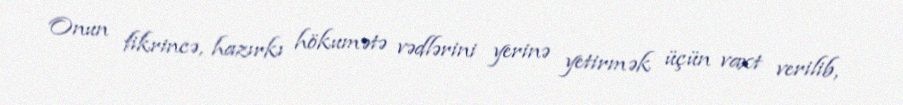
Onun fikrincə, hazırkı hökumətə vədlərini yerinə yetirmək üçün vaxt verilib,